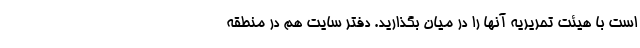
است با هیئت تحریریه آنها را در میان بگذارید. دفتر سایت هم در منطقه